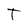
Character: T